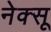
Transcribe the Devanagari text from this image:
नेक्सू